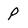
Character: P